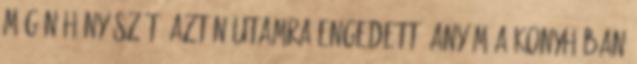
még néhány szót, aztán utamra engedett. Anyám a konyhában